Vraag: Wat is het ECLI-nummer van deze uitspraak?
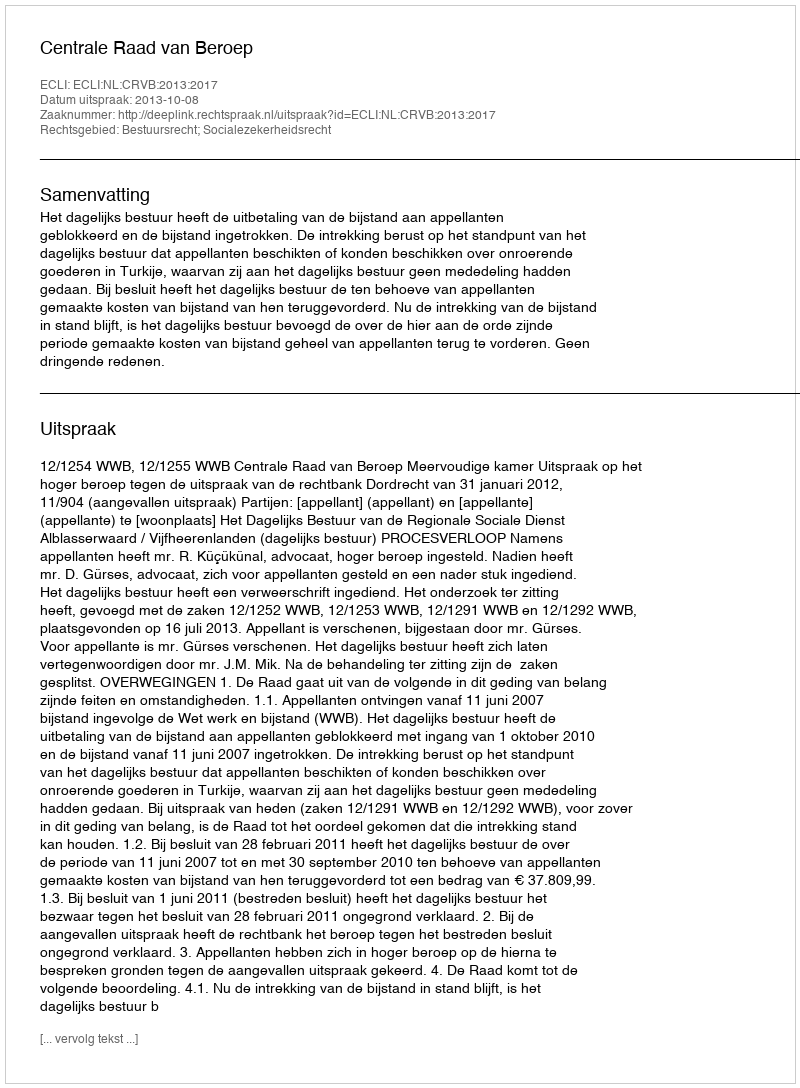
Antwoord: ECLI:NL:CRVB:2013:2017